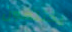
يختلفون